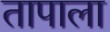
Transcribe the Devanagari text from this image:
तापाला